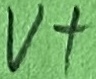
Text: V+